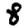
Digit: 8